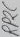
Text: RP2C